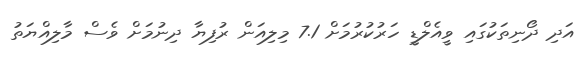
އަދި ދޯނިތަކުގައި ވީއެލްޑީ ހަރުކުރުމަށް 7.1 މިލިއަން ރުފިޔާ ދިނުމަށް ވެސް މާލިއްޔަތު